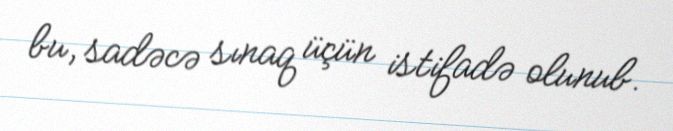
bu, sadəcə sınaq üçün istifadə olunub.